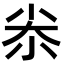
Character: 尜